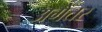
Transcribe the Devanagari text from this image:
अगेतर